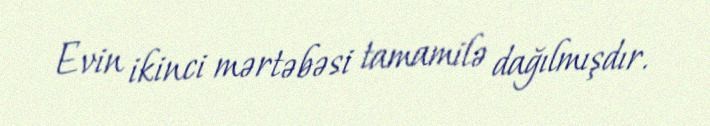
Evin ikinci mərtəbəsi tamamilə dağılmışdır.